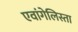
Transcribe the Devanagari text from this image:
एवांगेलिस्ता